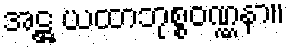
အဋ္ဌ ယထာဘုစ္စဝဏ္ဏနာ။